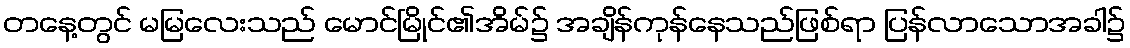
တနေ့တွင် မမြလေးသည် မောင်မြိုင်၏အိမ်၌ အချိန်ကုန်နေသည်ဖြစ်ရာ ပြန်လာသောအခါ၌